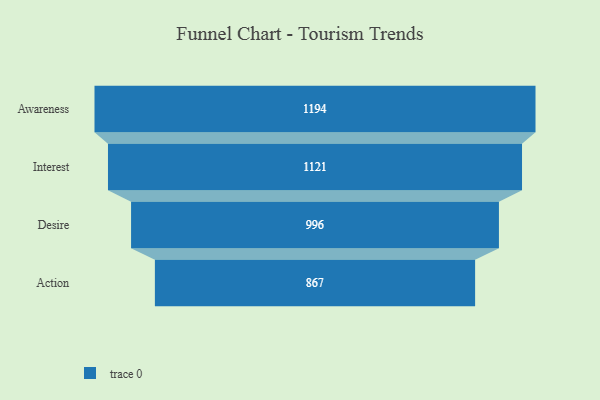
{"axis": {"x": "Stage", "y": "Value"}, "legend": [""], "data": [{"x": "Awareness", "y": 1194.0, "type": ""}, {"x": "Interest", "y": 1121.0, "type": ""}, {"x": "Desire", "y": 996.0, "type": ""}, {"x": "Action", "y": 867.0, "type": ""}]}